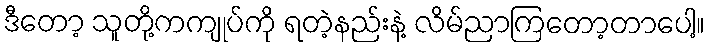
ဒီတော့ သူတို့ကကျုပ်ကို ရတဲ့နည်းနဲ့ လိမ်ညာကြတော့တာပေါ့။